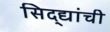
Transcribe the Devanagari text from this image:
सिद्द्यांची